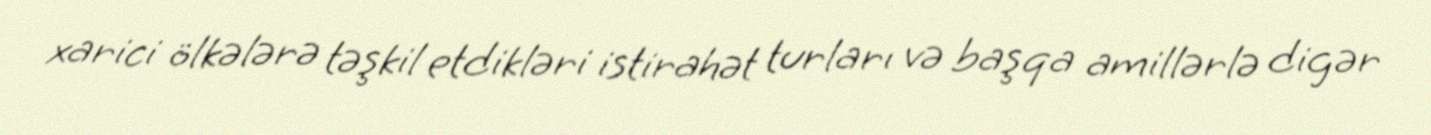
xarici ölkələrə təşkil etdikləri istirahət turları və başqa amillərlə digər